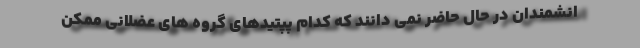
انشمندان در حال حاضر نمی دانند که کدام پپتیدهای گروه های عضلانی ممکن